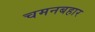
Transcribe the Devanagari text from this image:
चमनबहार